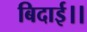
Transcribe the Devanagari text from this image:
बिदाई।।